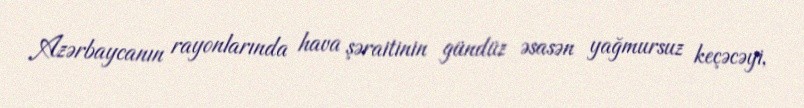
Azərbaycanın rayonlarında hava şəraitinin gündüz əsasən yağmursuz keçəcəyi,